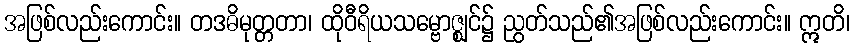
အဖြစ်လည်းကောင်း။ တဒဓိမုတ္တတာ၊ ထိုဝီရိယသမ္ဗောဇ္ဈင်၌ ညွတ်သည်၏အဖြစ်လည်းကောင်း။ ဣတိ၊